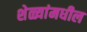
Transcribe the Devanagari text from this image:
शेळ्यांमधील